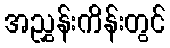
အညွှန်းကိန်းတွင်